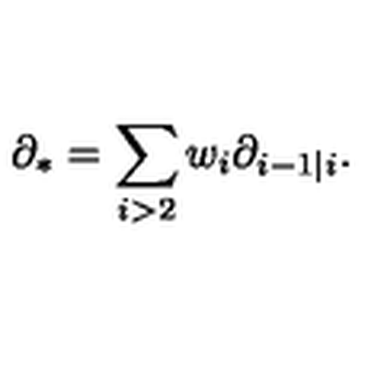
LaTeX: \partial _ { * } = \sum _ { i > 2 } w _ { i } \partial _ { i - 1 | i } .